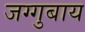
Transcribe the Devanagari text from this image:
जग्गुबाय